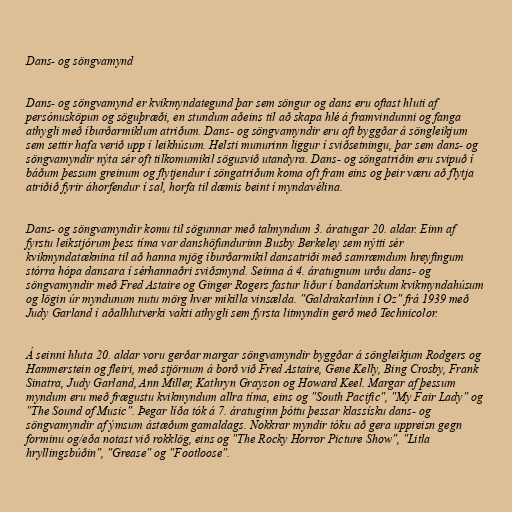
Dans- og söngvamynd

Dans- og söngvamynd er kvikmyndategund þar sem söngur og dans eru oftast hluti af
persónusköpun og söguþræði, en stundum aðeins til að skapa hlé á framvindunni og fanga
athygli með íburðarmiklum atriðum. Dans- og söngvamyndir eru oft byggðar á söngleikjum
sem settir hafa verið upp í leikhúsum. Helsti munurinn liggur í sviðsetningu, þar sem dans- og
söngvamyndir nýta sér oft tilkomumikil sögusvið utandyra. Dans- og söngatriðin eru svipuð í
báðum þessum greinum og flytjendur í söngatriðum koma oft fram eins og þeir væru að flytja
atriðið fyrir áhorfendur í sal, horfa til dæmis beint í myndavélina.

Dans- og söngvamyndir komu til sögunnar með talmyndum 3. áratugar 20. aldar. Einn af
fyrstu leikstjórum þess tíma var danshöfundurinn Busby Berkeley sem nýtti sér
kvikmyndatæknina til að hanna mjög íburðarmikil dansatriði með samræmdum hreyfingum
stórra hópa dansara í sérhannaðri sviðsmynd. Seinna á 4. áratugnum urðu dans- og
söngvamyndir með Fred Astaire og Ginger Rogers fastur liður í bandarískum kvikmyndahúsum
og lögin úr myndunum nutu mörg hver mikilla vinsælda. "Galdrakarlinn í Oz" frá 1939 með
Judy Garland í aðalhlutverki vakti athygli sem fyrsta litmyndin gerð með Technicolor.

Á seinni hluta 20. aldar voru gerðar margar söngvamyndir byggðar á söngleikjum Rodgers og
Hammerstein og fleiri, með stjörnum á borð við Fred Astaire, Gene Kelly, Bing Crosby, Frank
Sinatra, Judy Garland, Ann Miller, Kathryn Grayson og Howard Keel. Margar af þessum
myndum eru með frægustu kvikmyndum allra tíma, eins og "South Pacific", "My Fair Lady" og
"The Sound of Music". Þegar líða tók á 7. áratuginn þóttu þessar klassísku dans- og
söngvamyndir af ýmsum ástæðum gamaldags. Nokkrar myndir tóku að gera uppreisn gegn
forminu og/eða notast við rokklög, eins og "The Rocky Horror Picture Show", "Litla
hryllingsbúðin", "Grease" og "Footloose".